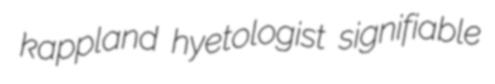
kappland hyetologist signifiable